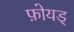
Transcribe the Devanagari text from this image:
फ़ोयड्